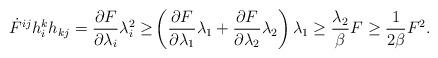
LaTeX: \begin{align*} \dot{F}^{ij}h_i^kh_{kj}=\frac{\partial F}{\partial \lambda_i}\lambda_i^2\geq & \left(\frac{\partial F}{\partial \lambda_1}\lambda_1+\frac{\partial F}{\partial \lambda_2}\lambda_2\right)\lambda_1\geq \frac {\lambda_2}{\beta}F\geq \frac 1{2\beta}F^2.\end{align*}